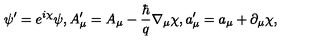
\psi ^ { \prime } = e ^ { i \chi } \psi , A _ { \mu } ^ { \prime } = A _ { \mu } - \frac { \hbar } { q } \nabla _ { \mu } \chi , a _ { \mu } ^ { \prime } = a _ { \mu } + \partial _ { \mu } \chi ,